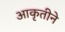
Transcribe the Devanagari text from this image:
आकृतीने